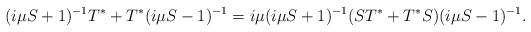
LaTeX: \begin{align*}(i\mu S+1)^{-1}T^*+T^*(i\mu S-1)^{-1}=i\mu(i\mu S+1)^{-1}(ST^*+T^*S)(i\mu S-1)^{-1}.\end{align*}